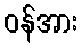
ဝန်အား